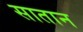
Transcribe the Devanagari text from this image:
सातान